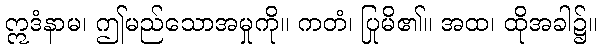
ဣဒံနာမ၊ ဤမည်သောအမှုကို။ ကတံ၊ ပြုမိ၏။ အထ၊ ထိုအခါ၌။